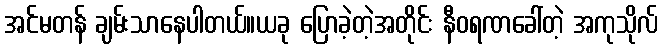
အင်မတန် ချမ်းသာနေပါတယ်။ယခု ပြောခဲ့တဲ့အတိုင်း နီဝရဏခေါ်တဲ့ အကုသိုလ်